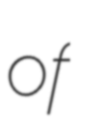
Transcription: of